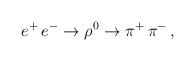
\begin{align*}e^{+}\, e^{-} \rightarrow \rho^{0} \rightarrow\pi^{+}\, \pi^{-} \, ,\end{align*}